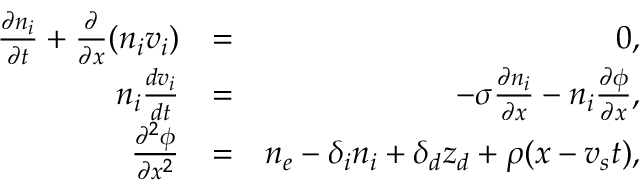
\begin{array} { r l r } { \frac { \partial n _ { i } } { \partial t } + \frac { \partial } { \partial x } ( n _ { i } v _ { i } ) } & { = } & { 0 , } \\ { n _ { i } \frac { d v _ { i } } { d t } } & { = } & { - \sigma \frac { \partial n _ { i } } { \partial x } - n _ { i } \frac { \partial \phi } { \partial x } , } \\ { \frac { \partial ^ { 2 } \phi } { \partial x ^ { 2 } } } & { = } & { n _ { e } - \delta _ { i } n _ { i } + \delta _ { d } z _ { d } + \rho ( x - v _ { s } t ) , } \end{array}